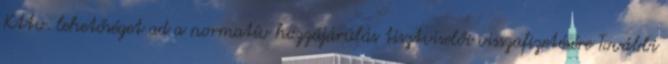
Kttv. lehetőséget ad a normatív hozzájárulás tisztviselői visszafizetésére További